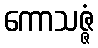
ကောသဇ္ဇံ